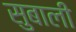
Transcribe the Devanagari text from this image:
सुबाली